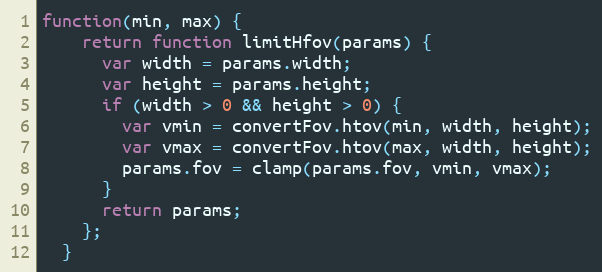
Language: JavaScript
function(min, max) {
    return function limitHfov(params) {
      var width = params.width;
      var height = params.height;
      if (width > 0 && height > 0) {
        var vmin = convertFov.htov(min, width, height);
        var vmax = convertFov.htov(max, width, height);
        params.fov = clamp(params.fov, vmin, vmax);
      }
      return params;
    };
  }